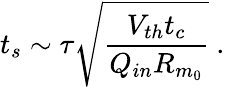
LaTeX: t_{s}\sim\tau\sqrt{\frac{V_{th}t_{c}}{Q_{in}R_{m_{0}}}}~.